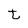
Character: t